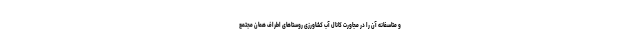
و متاسفانه آن را در مجاورت کانال آب کشاورزی روستاهای اطراف همان مجتمع